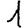
Digit: 1